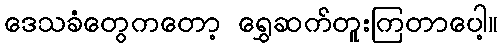
ဒေသခံတွေကတော့ ရွှေဆက်တူးကြတာပေါ့။